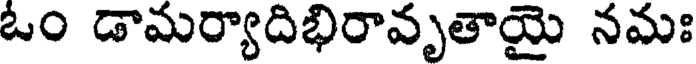
ఓం డామర్యాదిభిరావృతాయై నమః